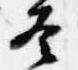
冬